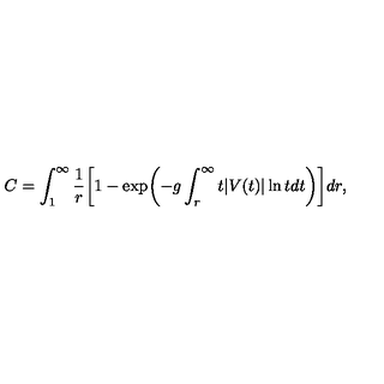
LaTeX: C = \int _ { 1 } ^ { \infty } { \frac { 1 } { r } } \biggl [ 1 - \exp \biggl ( - g \int _ { r } ^ { \infty } t | V ( t ) | \ln t d t \biggr ) \biggr ] d r ,